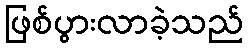
ဖြစ်ပွားလာခဲ့သည်